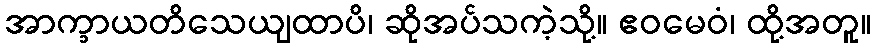
အာက္ခာယတိသေယျထာပိ၊ ဆိုအပ်သကဲ့သို့။ ဧဝမေဝံ၊ ထို့အတူ။